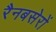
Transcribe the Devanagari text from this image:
रैनबसेरों